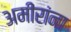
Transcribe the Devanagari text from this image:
अमीरांना